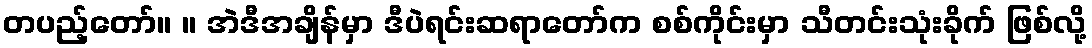
တပည့်တော်။ ။ အဲဒီအချိန်မှာ ဒီပဲရင်းဆရာတော်က စစ်ကိုင်းမှာ သီတင်းသုံးခိုက် ဖြစ်လို့